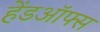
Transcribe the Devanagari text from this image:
हेंडऑफ्स